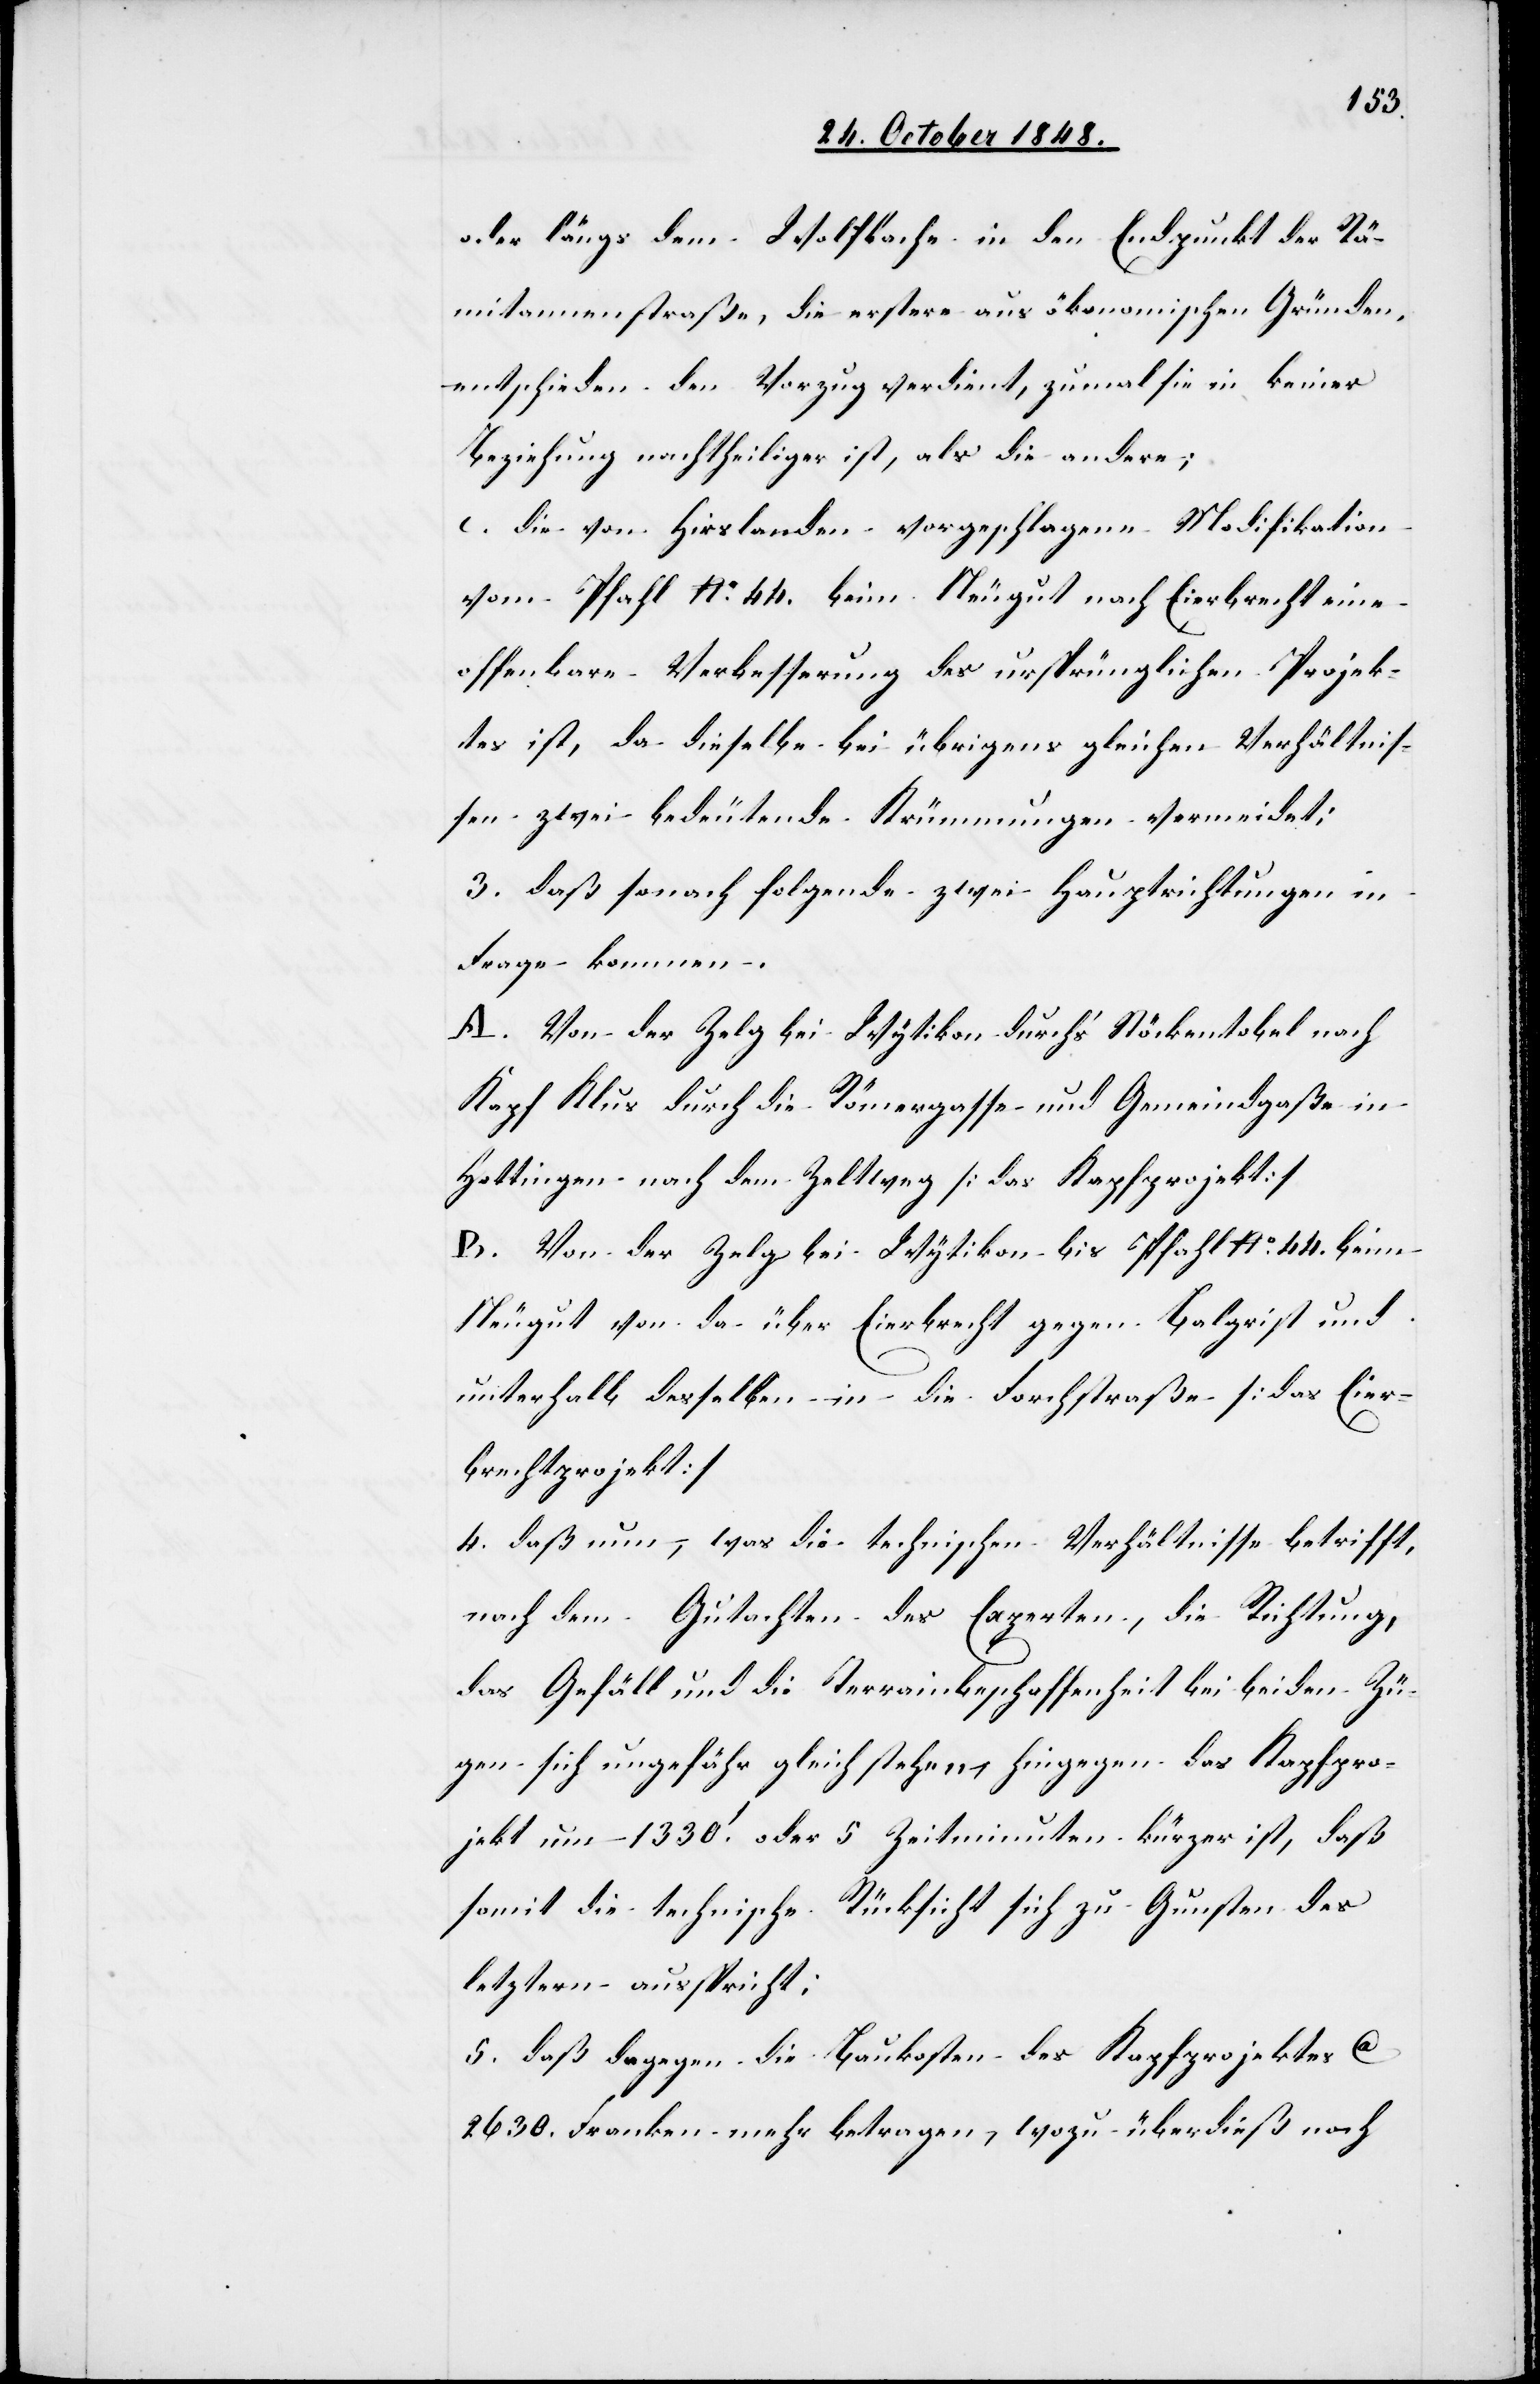
oder längst dem Wolfbache in den Endpunkt der Rä¬
mitannenstraße, die erster aus ökonomischen Gründen,
entschieden den Vorzug verdient, zumal sie in keiner
Beziehung nachtheiliger ist, als die andere;
c. die von Hirslanden vorgeschlagene Modifikation
vom Pfahl No 44. beim Neugut nach Eierbrecht eine
offenbare Verbesserung des ursprünglichen Projek¬
tes ist, da dieselbe bei übrigens gleichen Verhältnis¬
sen zwei bedeutende Krümmungen vermeidet;
3. daß sonach folgende zwei Hauptrichtungen in
Frage kommen.
A. Von der Zelg bei Wytikon durch’s Stöckentobel nach
Kapf Klus durch die Römergasse und Gemeindgaße in
Hottingen nach dem Zeltweg [das Kapfprojekt]
B. von der Zelg bei Wytikon bis Pfahl No 44. beim
Neugut von da über Eierbrecht gegen Balgrist und
unterhalb desselben in die Forchstraße [das Eier¬
brechtprojekt]
4. daß nun, was die technischen Verhältnisse betrifft,
nach dem Gutachten des Experten, die Richtung,
das Gefäll und die Terrainbeschaffenheit bei beiden Zü¬
gen sich ungefähr gleichstehen, hingegen das Kapfpro¬
jekt um 1330.’ oder 5 Zeitminuten kürzer ist, daß
somit die technische Rücksicht sich zu Gunsten des
letztern ausspricht;
5. daß dagegen die Baukosten des Kapfprojektes ca.
2630. Franken mehr betragen, wozu überdieß noch